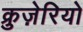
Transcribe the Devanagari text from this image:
क्रुज़ेरियो